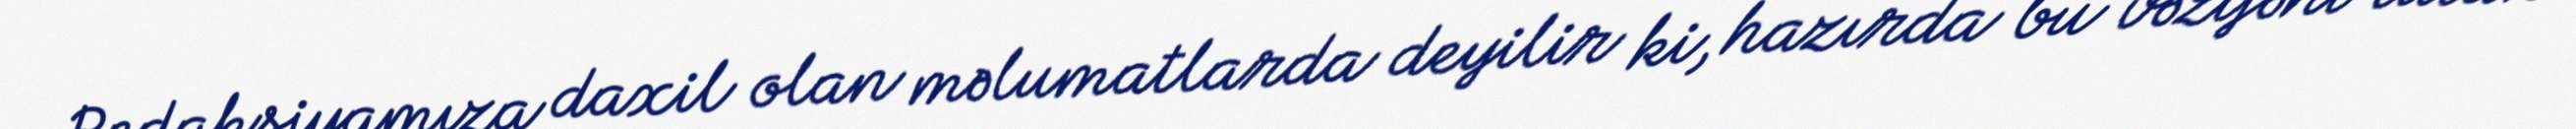
Redaksiyamıza daxil olan məlumatlarda deyilir ki, hazırda bu vəzifəni tutan